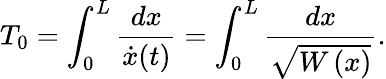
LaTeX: T_{0}=\int_{0}^{L}{\frac{dx}{\dot{x}(t)}}=\int_{0}^{L}{\frac{dx}{\sqrt{W\left(x\right)}}}.